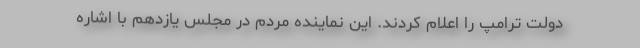
دولت ترامپ را اعلام کردند. این نماینده مردم در مجلس یازدهم با اشاره